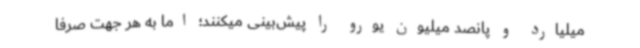
میلیارد و پانصد میلیون یورو را پیش‌بینی میکنند؛ اما به هر جهت صرفا